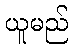
ယူမည်